Problem: 26 + 52 = ?
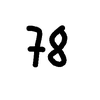
Handwritten answer: 78